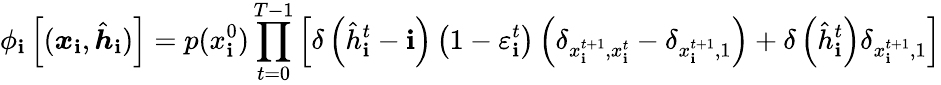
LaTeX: \phi_{\mathbf{i}}\left[(\boldsymbol{x}_{\mathbf{i}},\hat{{\boldsymbol{h}}}_{\mathbf{i}})\right]=p(x_{\mathbf{i}}^{0})\prod_{t=0}^{T-1}\left[\delta\left(\hat{{h}}_{\mathbf{i}}^{t}-\mathrm{{\mathbf{i}}}\right)\left(1-\varepsilon_{\mathbf{i}}^{t}\right)\left(\delta_{x_{\mathbf{i}}^{t+1},x_{\mathbf{i}}^{t}}-\delta_{x_{\mathbf{i}}^{t+1},1}\right)+\delta\left(\hat{{h}}_{\mathbf{i}}^{t}\right)\delta_{x_{\mathbf{i}}^{t+1},1}\right]